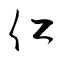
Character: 仁